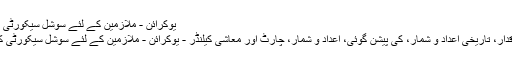
یوکرائن - ملازمین کے لئے سوشل سیکورٹی کی شرح
موجودہ اقدار، تاریخی اعداد و شمار، کی پیشن گوئی، اعداد و شمار، چارٹ اور معاشی کیلنڈر - یوکرائن - ملازمین کے لئے سوشل سیکورٹی کی شرح.